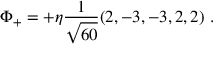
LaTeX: \Phi _ { + } = + \eta { \frac { 1 } { \sqrt { 6 0 } } } ( 2 , - 3 , - 3 , 2 , 2 ) \ .